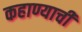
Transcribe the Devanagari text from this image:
कहाण्याची